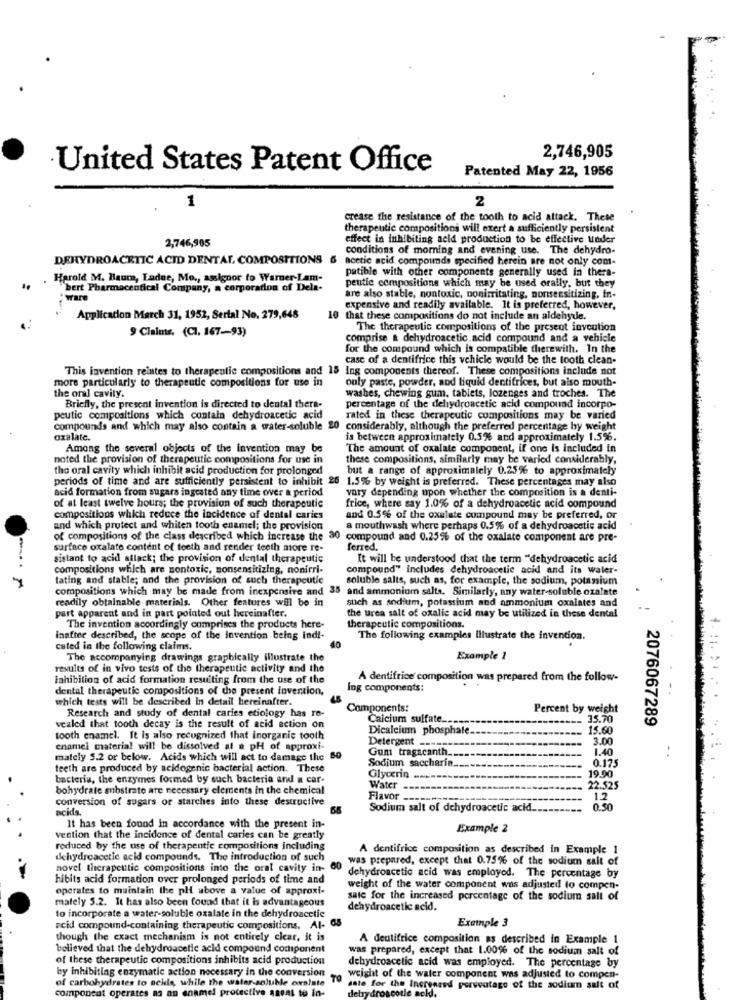
2,746,905
United States Patent Office
Patented May 22, 1956
1
2
crease the resistance of the tooth to acid attack. These
therapeutic compositions will exert a sufficiently persistent
2,746,905
effect in inhibiting acid production to be effective under
conditions of morning and evening use. The dehydro-
DEHYDROACETIC ACID DENTAL, COMPOSITIONS &
acetic acid compounds specified herein are not only com-
patible with other components generally used in thera-
Harold M. Baum, Ladue, Mo ., assignor to Warner-Lam-
peutic compositions which may be used orally, but they
"bert Pharmaceutical Company, a corporation of Dela-
Ware
are also stable, nontoxic, nonirritating, nonsensitizing, in-
expensive and readily available. It is preferred, however,
Application March 31, 1952, Serial No. 279,648
10 that these compositions do not include an aldehyde.
9 Claims. (CI. 167-93)
The therapeutic compositions of the present invention
comprise & dehydroacetic acid compound and a vehicle
for the compound which is compatible therewith. In the
case of a dentifrice this vehicle would be the tooth clean-
This invention relates to therapeutic compositions and 15 Ing components thereof. These compositions include not
more particularly to therapeutic compositions for use in
ouly paste, powder, and liquid dentifrices, but also mouth-
the oral cavity.
washes, chewing gum, tablets, lozenges and troches. The
Briefly, the present invention is directed to dental thera-
percentage of the dehydroacetic acid compound incorpo-
peutic compositions which contain dehydroacetic acid
rated in these therapeutic compositions may be varied
compounds and which may also contain a water-soluble
20 considerably, although the preferred percentage by weight
oxalate.
is between approximately 0.5% and approximately 1.5%.
Among the several objects of the invention may be
The amount of oxalate component, if one is included in
noted the provision of therapeutic compositions for use in
these compositions, similarly may be varied considerably,
the oral cavity which inhibit acid production for prolonged
but a range of approximately 0.25% to approximately
periods of time and are sufficiently persistent to inhibit 26 1.5% by weight is preferred. These percentages may also
acid formation from sugars ingcated any time over a period
vary depending upon whether the composition is a denti-
frice, where say 1.0% of a dehydroacetic acid compound
of at least twelve hours; the provision of such therapeutic
compositions which reduce the incidence of dental caries
and 0.5% of the oxalate compound may be preferred, or
and which protect and whiten tooth enamel; the provision
a mouthwash where perhaps 0.5% of a dehydroacetic acid
of compositions of the class described which increase the
compound and 0.25% of the oxalate component are pre-
surface oxalate content of teeth and render teeth more re-
ferred.
-. .
sistant to acid aflack; the provision of dental therapeutic
It will be understood that the term "dehydroacetic acid
compositions which are nontoxic, nonsensitizing, nonirri-
compound" Includes dehydroacetic acid and its water-
tating and stable; and the provision of such therapeutic
soluble salts, such as, for example, the sodium, potassium
compositions which may be made from inexpensive and 35 and ammonium salts. Similarly, any water-soluble oxalate
readily obtainable materials. Other features will be in
such as sodium, potassium and ammonium oxalates and
part apparent and in part pointed out hereinafter.
the urea salt of oxalic acid may be utilized in these dental
The invention accordingly comprises the products here-
therapeutic compositions.
1.
inafter described, the scope of the Invention being ind !-
The following examples illustrate the invention.
cated in the following claims,
The accompanying drawings graphically illustrate the
Example 1
results of in vivo tests of the therapeutic activity and the
inhibition of acid formation resulting from the use of the
A dentifrice composition was prepared from the follow-
dental therapeutic compositions of the present Invention,
ing components:
which tests will be described in detail hereinafter.
Research and study of dental caries etiology has re-
Components:
Percent by weight
Calcium sulfate ...
35.70
2076067289
vealed that tooth decay is the result of acid action on
Dicalcium phosphate.
15.60
tooth enamel. It is also recognized that inorganic tooth
Detergent =====
3.00
enamel material will be dissolved at & pH of approxi-
Gum tragacanth.
1.40
- .
mately 5.2 or below. Acids which will act to damage the 60
0.175
teeth are produced by acidogenic bacterial action. These
Sodium saccharin.
bacteria, the enzymes formed by such bacteria and a car-
Glycerin .
19.90
bohydrate substrate are necessary elements in the chemical
Water
22.525
conversion of sugars or starches into these destructive
Flavor -----
12
acids.
66
Sodium salt of dehydroacetic acid.
0.50
It has been found in accordance with the present in-
Example 2
vention that the incidence of dental caries can be greatly
reduced by the use of therapentic compositions including
A dentifrice composition as described in Example 1
dehydroacetic acid compounds. The introduction of such
was prepared, except that 0.75% of the sodium salt of
novel therapeutic compositions into the oral cavity in- 60
hibits acid formation over prolonged periods of time and
dehydroacetic acid was employed. The percentage by
operates to maintain the pH above a value of approxi-
weight of the water component was adjusted to compen-
mately 5.2. It has also been found that it is advantageous
sate for the increased percentage of the sodium sall of
dehydroacetic acid.
to incorporate a water-soluble oxalate in the dehydroacetic
acid compound-containing therapeutic compositions. AI- 65
Example 3
though the exact mechanism is not entirely clear, it is
A dentifrice composition as described in Example 1
believed that the dehydroacetic acid compound component
was prepared, except that 1.00% of the sodium salt of
of these therapeutic compositions inhibits acid production
by inhibiting enzymatic action necessary in the conversion
dehydroacetic acid was employed. The percentage by
of carbohydrates to neids, while the water-soluble exsiste
TO
weight of the water component was adjusted to compen-
component operates as an enamel protective agent to in-
ante for the Increased percentage of the sodium salt of
ydroscotle ac